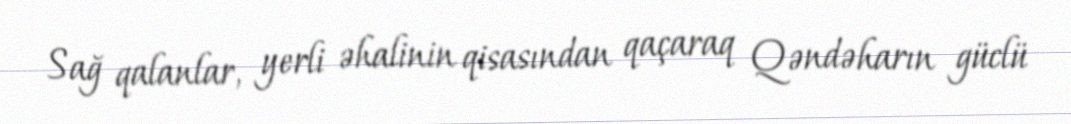
Sağ qalanlar, yerli əhalinin qisasından qaçaraq Qəndəharın güclü